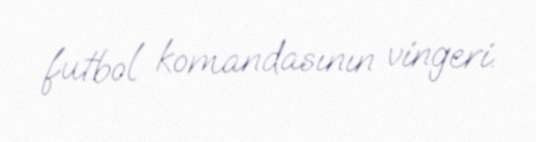
futbol komandasının vingeri.